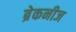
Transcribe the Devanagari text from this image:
ब्रेकनीज